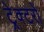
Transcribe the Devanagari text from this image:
ट्रेक्टरों